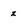
Character: z